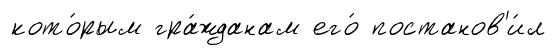
кото́рым гра́жданам его́ постанов'и́л